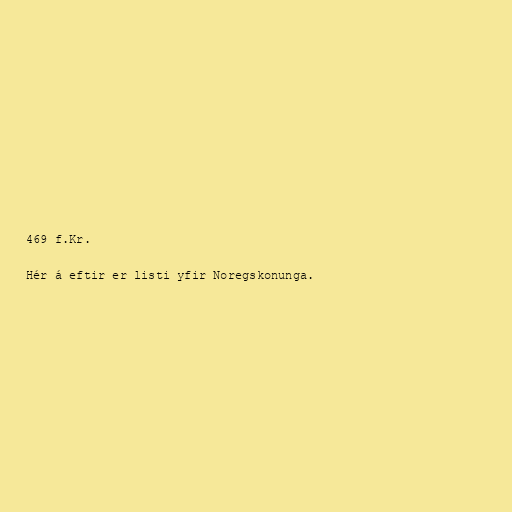
469 f.Kr.

Hér á eftir er listi yfir Noregskonunga.